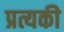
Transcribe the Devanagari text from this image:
प्रत्यकी